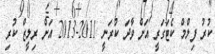
ކުރު ފިލްމް ކެޓަގަރީ އަށް ވާދަ ކުރަނީ 2011-2013 އަށް ރިލީޒް ކުރި